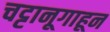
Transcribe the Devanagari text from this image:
चट्टानूगाहून